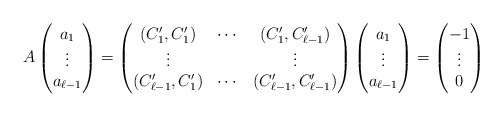
\begin{align*}A\begin{pmatrix}a_1\\\vdots\\a_{\ell-1}\end{pmatrix}=\begin{pmatrix}(C'_1,C'_1)&\cdots&(C'_1,C'_{\ell-1})\\\vdots&&\vdots\\(C'_{\ell-1},C'_1)&\cdots&(C'_{\ell-1},C'_{\ell-1})\end{pmatrix}\begin{pmatrix}a_1\\\vdots\\a_{\ell-1}\end{pmatrix}=\begin{pmatrix}-1\\\vdots\\0\end{pmatrix}\end{align*}